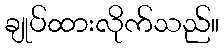
ချုပ်ထားလိုက်သည်။